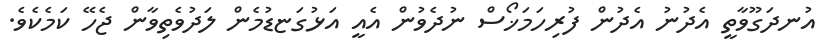
އުނދަގޫވާތީ އެދުނު އެދުން ފުރިހަމަޚޯސް ނުދެވުން އެއީ އަޅުގަޏޑުމެން ލަދުވެތިވާން ޖެހޭ ކަމެކެވެ.